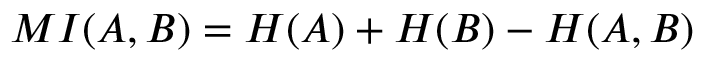
M I ( A , B ) = H ( A ) + H ( B ) - H ( A , B )